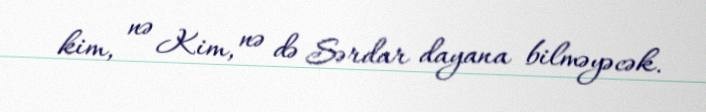
kim, nə Kim, nə də Sərdar dayana bilməyəcək.